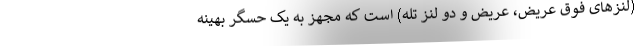
(لنزهای فوق عریض، عریض و دو لنز تله) است که مجهز به یک حسگر بهینه